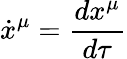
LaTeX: {\dot{x}}^{\mu}={\frac{dx^{\mu}}{d\tau}}